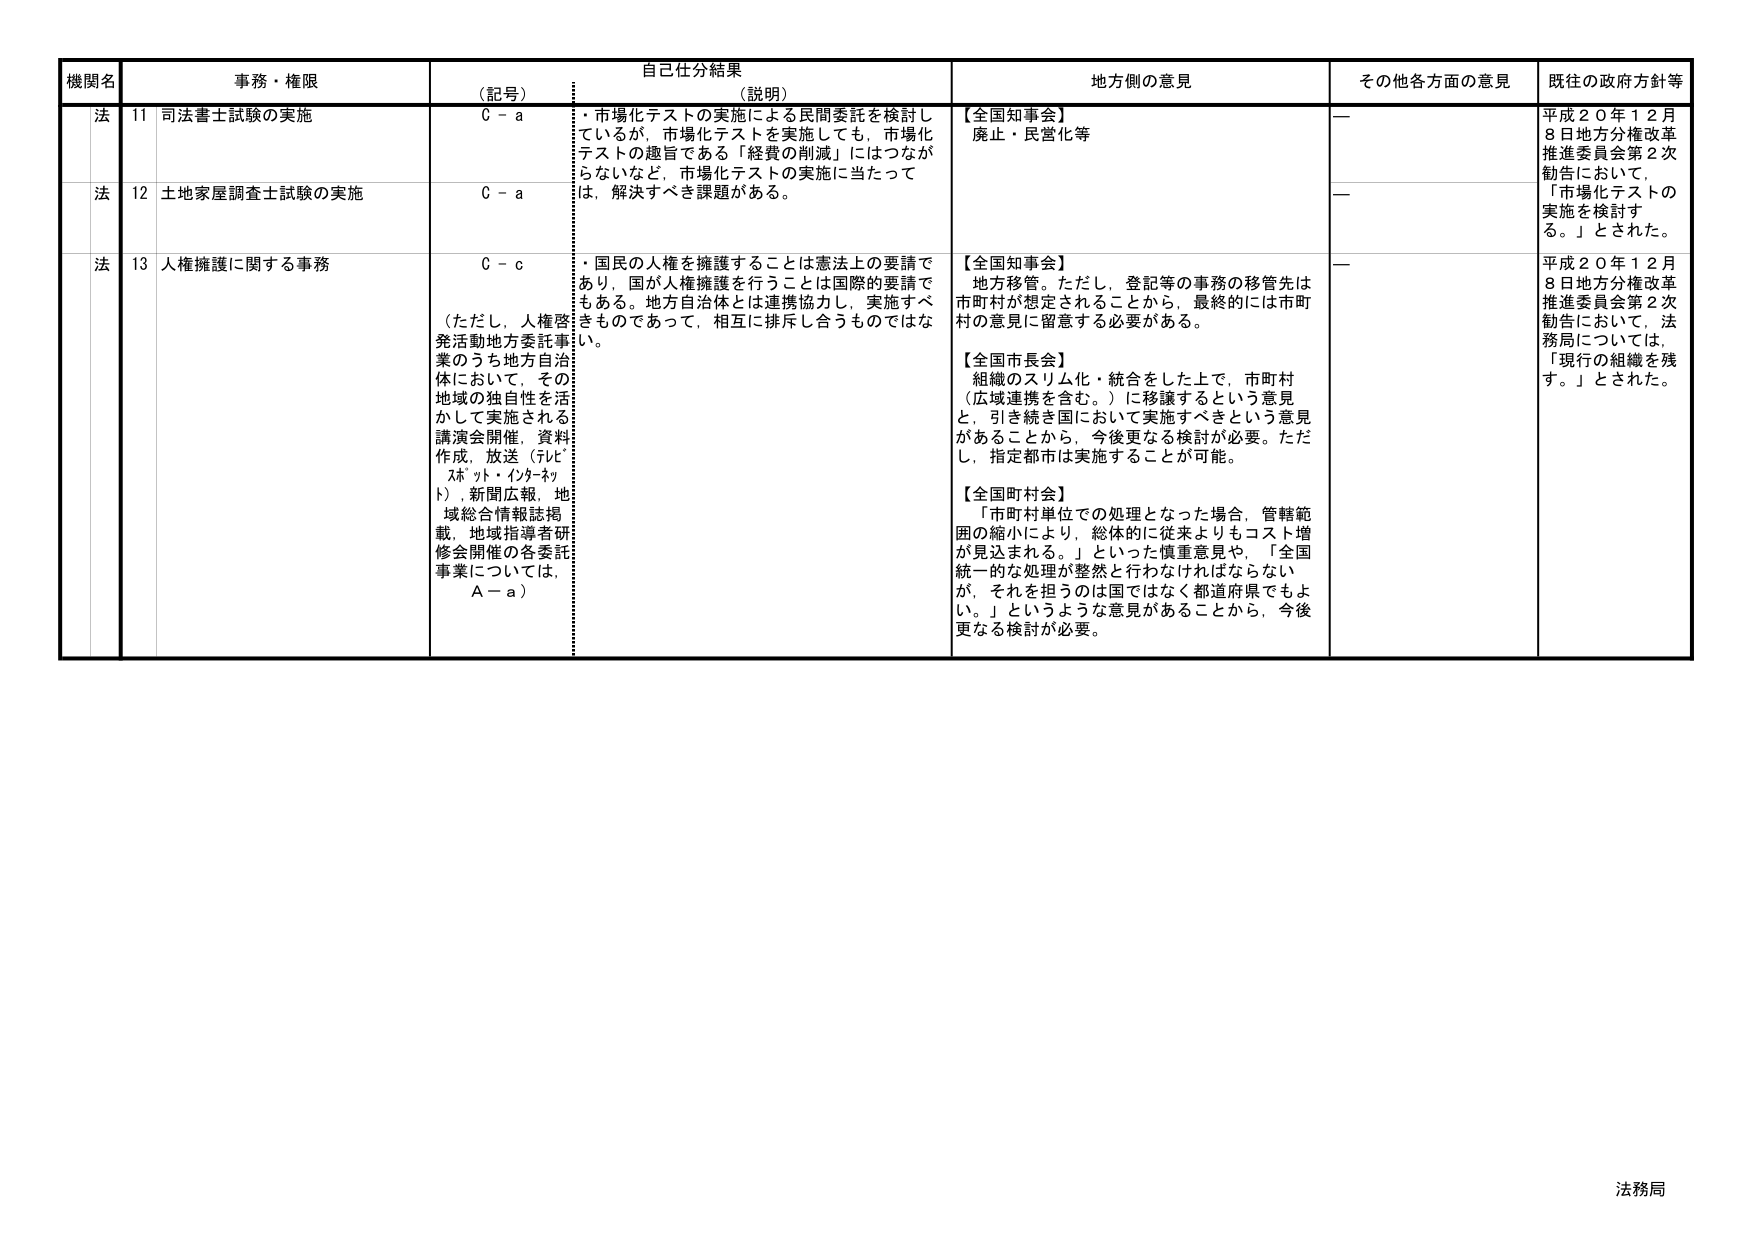
機関名 事務・権限 自己仕分結果 地方側の意見 その他各方面の意見 既往の政府方針等
（記号） （説明）
法 11 司法書士試験の実施 C - a ・市場化テストの実施による民間委託を検討し ているが，市場化テストを実施しても，市場化 テストの趣旨である「経費の削減」にはつなが らないなど，市場化テストの実施に当たって は，解決すべき課題がある。 【全国知事会】 廃止・民営化等 — 平成２０年１２月 ８日地方分権改革 推進委員会第２次 勧告において， 「市場化テストの 実施を検討す る。」とされた。
法 12 土地家屋調査士試験の実施 C - a —
法 13 人権擁護に関する事務 C - c ・国民の人権を擁護することは憲法上の要請で あり，国が人権擁護を行うことは国際的要請で もある。地方自治体とは連携協力し，実施すべ きものであって，相互に排斥し合うものではな い。 （ただし，人権啓 発活動地方委託事 業のうち地方自治 体において，その 地域の独自性を活 かして実施される 講演会開催，資料 作成，放送（テレビ， ラジオ・インターネ ット），新聞広報，地 域総合情報誌掲 載，地域指導者研 修会開催の各委託 事業については， A - a） 【全国知事会】 地方移管。ただし，登記等の事務の移管先は 市町村が想定されることから，最終的には市町 村の意見に留意する必要がある。 【全国市長会】 組織のスリム化・統合をした上で，市町村 （広域連携を含む。）に移譲するという意見 と，引き続き国において実施すべきという意見 があることから，今後更なる検討が必要。ただ し，指定都市は実施することが可能。 【全国町村会】 「市町村単位での処理となった場合，管轄範 囲の縮小により，総体的に従来よりもコスト増 が見込まれる。」といった慎重意見や，「全国 統一的な処理が整然と行わなければならない が，それを担うのは国ではなく都道府県でもよ い。」というような意見があることから，今後 更なる検討が必要。 — 平成２０年１２月 ８日地方分権改革 推進委員会第２次 勧告において，法 務局については， 「現行の組織を残 す。」とされた。
法務局